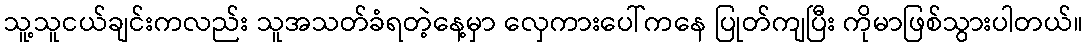
သူ့သူငယ်ချင်းကလည်း သူအသတ်ခံရတဲ့နေ့မှာ လှေကားပေါ်ကနေ ပြုတ်ကျပြီး ကိုမာဖြစ်သွားပါတယ်။